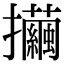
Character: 𢺃